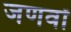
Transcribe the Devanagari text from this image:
जणवों